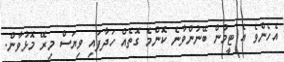
އެހެންވެ އެ ޓީމުން ބޭނުންވާނެ ކޮންމެ ގޮތެއް ހަދާފައި ވިޔަސް މިރޭ މޮޅުވާން.